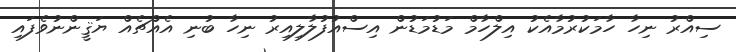
ސިއްރު ނިހާ ހާމަކުރުމާއެކު އިލްހާމް މަޑުމަޑުން އިސްއުފުލާލިއިރު ނިހާ ބުނި އެއްޗެއް ޔަޤީންނުވެފައި